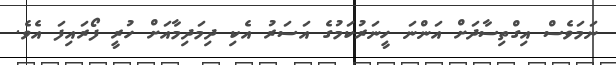
ނަމަވެސް އިގްތިސާދަށް އަންނަ ހީނަރުކަމުގެ އަސަރު އެކި ދިމަދިމާއަށް ހުރީ ފޯރައިފަ އެވެ.